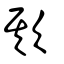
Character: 欺